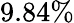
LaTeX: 9.84\%